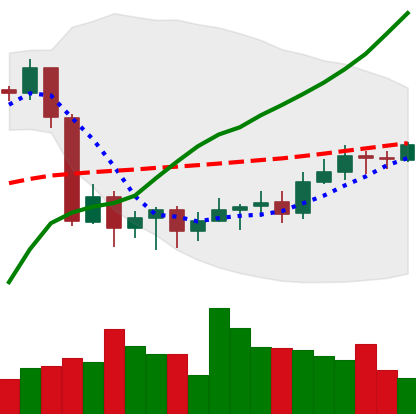
Ticker: BTC-USD
Chart end date: 2020-09-19
Forward return: -3.013%
Label: down_3_5